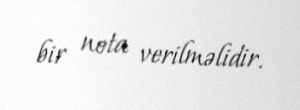
bir nota verilməlidir.